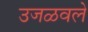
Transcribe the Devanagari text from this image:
उजळवले